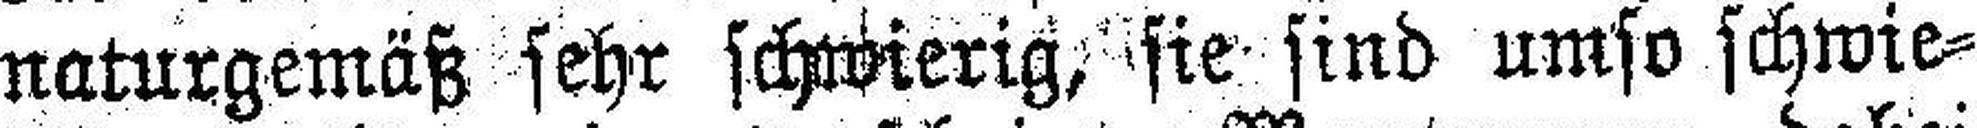
naturgemäß sehr schwierig, sie sind umso schwie¬